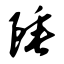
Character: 陲